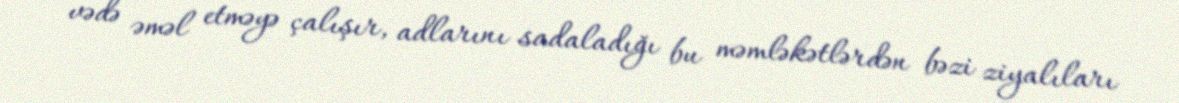
vədə əməl etməyə çalışır, adlarını sadaladığı bu məmləkətlərdən bəzi ziyalıları